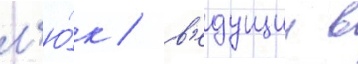
л'ю́к / в'едущии в